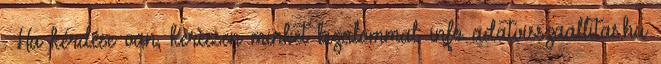
. Ha kérdése van, keressen minket bizalommal: info adatvisszaallitas.hu